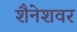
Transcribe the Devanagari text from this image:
शैनेशवर